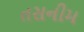
તસનીમ